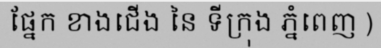
ផ្នែក ខាងជើង នៃ ទីក្រុង ភ្នំពេញ )